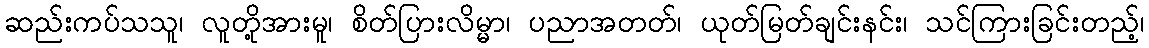
ဆည်းကပ်သသူ၊ လူတို့အားမူ၊ စိတ်ပြားလိမ္မာ၊ ပညာအတတ်၊ ယုတ်မြတ်ချင်းနင်း၊ သင်ကြားခြင်းတည့်၊